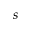
s